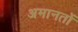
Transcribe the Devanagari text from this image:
अमानतों